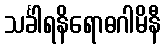
သင်္ခါရနိရောဓဂါမိနီ